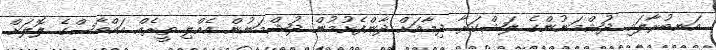
އަނބުރާލައި ދުޝްމަނުންގެ ލަޝްކަރާ ދިމާއަށް ދާންފެށުމުން ދުޝްމަނުން އެއްލި ތީރެއް އައްބާސްގެ ލޮލަށް